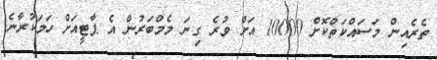
ތެރެއިން މަސައްކަތްކޮށް 10000 އަށް ވުރެ ގިނަ މެމްބަރުން އެ ޕާޓީއަށް ހަމަކުރާނެ